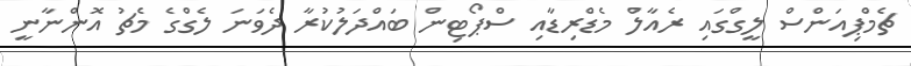
ޗެމްޕިއަންސް ލީގްގައި ރެއާލް މެޑްރިޑާއި ސްޕޯޓިން ބައްދަލުކުރާ ދެވަނަ ލެގްގެ މެޗު އޮންނާނީ